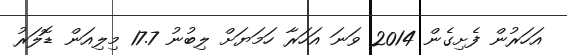
އަހަރުން ފެށިގެން 2014 ވަނަ އަހަރާ ހަމަޔަށް ލިބުނު 17.7 މިލިއަން ޑޮލަރު